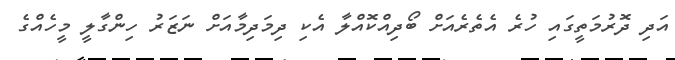
އަދި ދޮރުމަތީގައި ހުރެ އެތެރެއަށް ބޯދިއްކޮއްލާ އެކި ދިމަދިމާއަށް ނަޒަރު ހިންގާލީ މީހެއްގެ